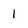
Character: 1